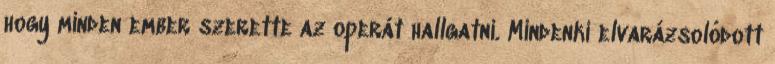
hogy minden ember szerette az operát hallgatni. Mindenki elvarázsolódott